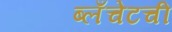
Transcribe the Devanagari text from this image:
ब्लँचेटची